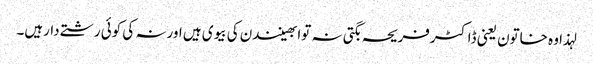
لہذا وہ خاتون یعنی ڈاکٹرفریحہ بگتی نہ توابھینندن کی بیوی ہیں اورنہ کی کوئی رشتے دارہیں۔